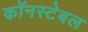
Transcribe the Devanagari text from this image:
कॉनस्टेबल